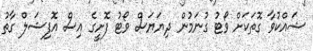
ޝައްކުވާ ގޮތަކަށް ވޯޓު ގުނަމުން ދިޔަޔަސް ވޯޓު ފޮށީގެ އިސް އޮފިޝަލް ގާތު